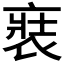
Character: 𧚌